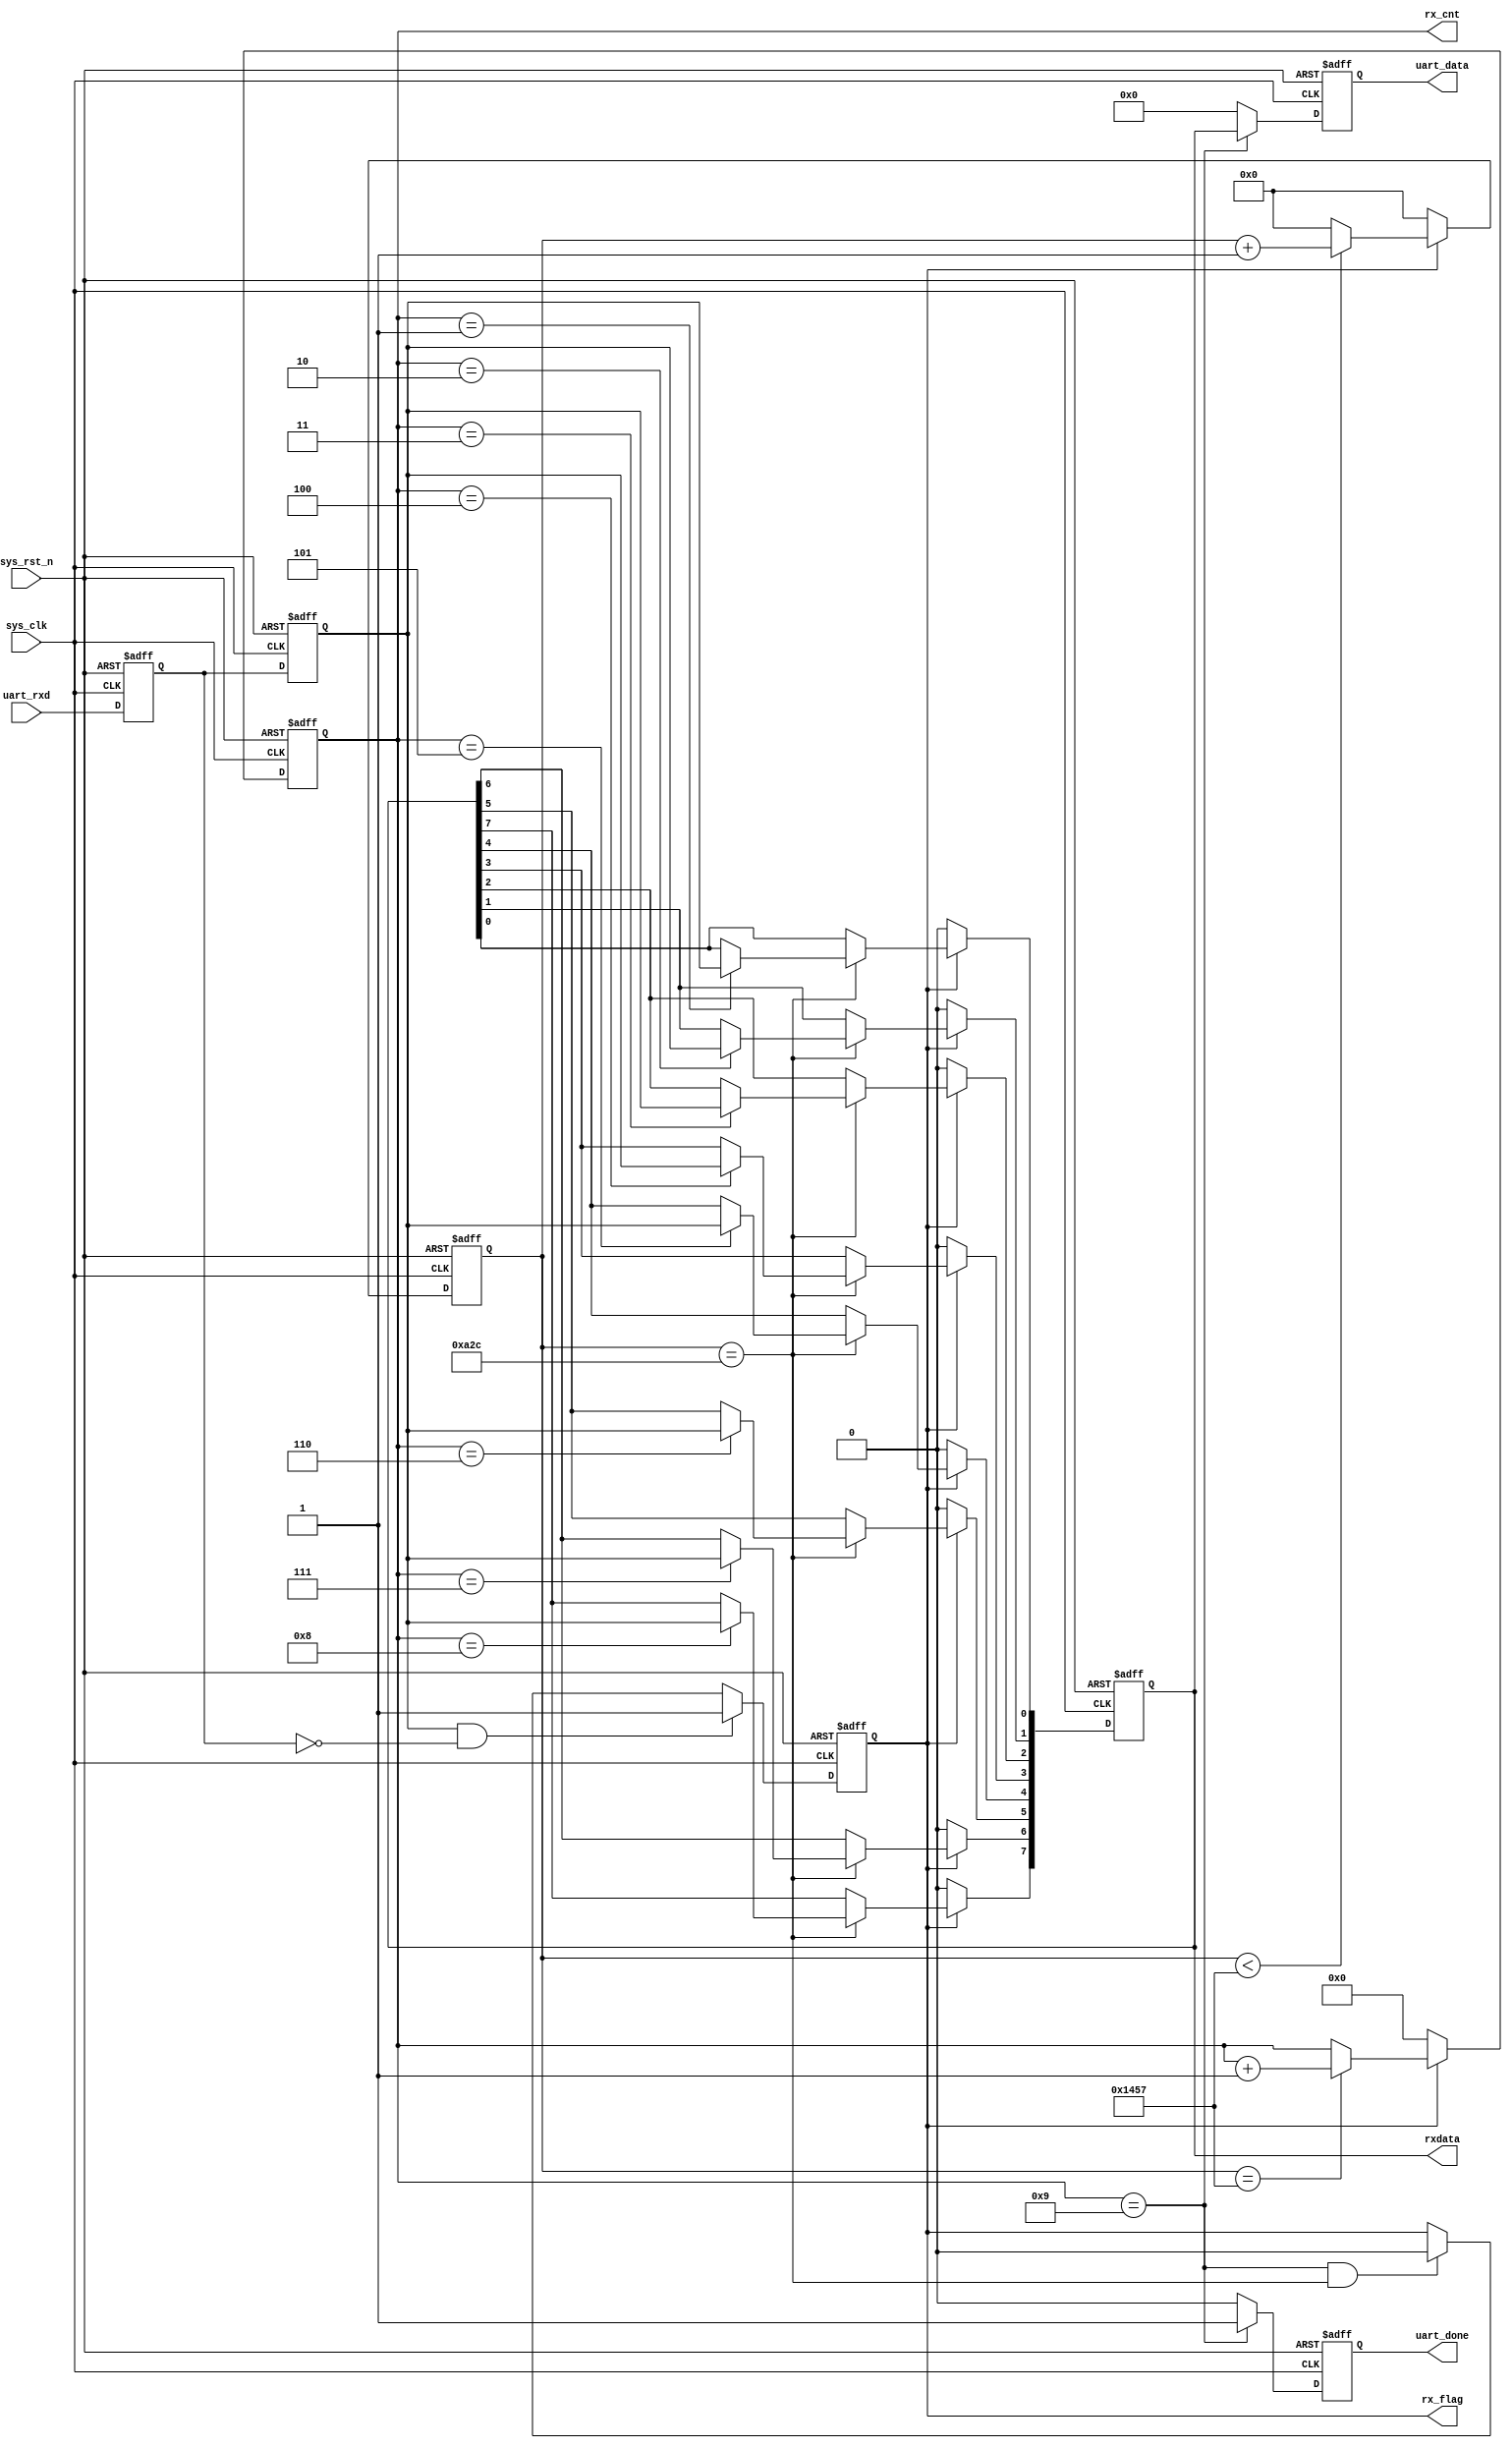
module uart_recv(input sys_clk,               // system clock
                 input sys_rst_n,             // reset sign
                 input uart_rxd,              // uart receive
                 output reg uart_done,        // receive done flog
                 output reg rx_flag,          // receive busy flag
                 output reg [3:0] rx_cnt,     // receive count
                 output reg [7:0] rxdata,
                 output reg [7:0] uart_data); // receive data buff
    
    //parameter define
    parameter  CLK_FREQ = 50000000;               // system colck
    parameter  UART_BPS = 9600;                   // bound frequency
    localparam BPS_CNT  = CLK_FREQ/UART_BPS;      // one uart receive cycle need how much system cycle
    //reg define
    reg        uart_rxd_d0;
    reg        uart_rxd_d1;
    reg [15:0] clk_cnt;                              // system clock count
    
    //wire define
    wire       start_flag;
    
    //*****************************************************
    //**                    main code
    //*****************************************************
    // capture falling edge
    assign  start_flag = uart_rxd_d1 & (~uart_rxd_d0);
    
    // delay tow cycle
    always @(posedge sys_clk or negedge sys_rst_n) begin
        if (!sys_rst_n) begin
            uart_rxd_d0 <= 1'b0;
            uart_rxd_d1 <= 1'b0;
        end
        else begin
            uart_rxd_d0 <= uart_rxd;
            uart_rxd_d1 <= uart_rxd_d0;
        end
    end
    
    // data coming , change the rx_flag
    always @(posedge sys_clk or negedge sys_rst_n) begin
        if (!sys_rst_n)
            rx_flag <= 1'b0;
        else begin
            if (start_flag)
                rx_flag <= 1'b1;
            else if ((rx_cnt == 4'd9) && (clk_cnt == BPS_CNT/2))
                rx_flag <= 1'b0;
            else
                rx_flag <= rx_flag;
        end
    end
    
    // handler system colck counter
    always @(posedge sys_clk or negedge sys_rst_n) begin
        if (!sys_rst_n)
            clk_cnt <= 16'd0;
        else if (rx_flag) begin
            if (clk_cnt < BPS_CNT - 1)
                clk_cnt <= clk_cnt + 1'b1;
            else
                clk_cnt <= 16'd0;
        end
        else
            clk_cnt <= 16'd0;
    end
    
    // rx_flag is change , change the rx_cnt
    always @(posedge sys_clk or negedge sys_rst_n) begin
        if (!sys_rst_n)
            rx_cnt <= 4'd0;
        else if (rx_flag) begin
            if (clk_cnt == BPS_CNT - 1)
                rx_cnt <= rx_cnt + 1'b1;
            else
                rx_cnt <= rx_cnt;
        end
        else
            rx_cnt <= 4'd0;
    end
    
    // storage the data by rx_cnt
    always @(posedge sys_clk or negedge sys_rst_n) begin
        if (!sys_rst_n)
            rxdata <= 8'd0;
        else if (rx_flag)
            if (clk_cnt == BPS_CNT/2) begin
                case (rx_cnt)
                    4'd1 : rxdata[0] <= uart_rxd_d1;
                    4'd2 : rxdata[1] <= uart_rxd_d1;
                    4'd3 : rxdata[2] <= uart_rxd_d1;
                    4'd4 : rxdata[3] <= uart_rxd_d1;
                    4'd5 : rxdata[4] <= uart_rxd_d1;
                    4'd6 : rxdata[5] <= uart_rxd_d1;
                    4'd7 : rxdata[6] <= uart_rxd_d1;
                    4'd8 : rxdata[7] <= uart_rxd_d1;
                    default:;
                endcase
            end
            else begin
                rxdata <= rxdata;
            end
        else
            rxdata <= 8'd0;
    end
    
    // receive over , output the data and change the done flag
    always @(posedge sys_clk or negedge sys_rst_n) begin
        if (!sys_rst_n) begin
            uart_data <= 8'd0;
            uart_done <= 1'b0;
        end
        else if (rx_cnt == 4'd9) begin
            uart_data <= rxdata;
            uart_done <= 1'b1;
        end
        else begin
            uart_data <= 8'd0;
            uart_done <= 1'b0;
        end
    end
    
endmodule